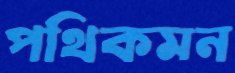
পথিকমন